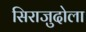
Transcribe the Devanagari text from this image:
सिराजुदोला